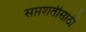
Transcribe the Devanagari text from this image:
सप्तशतीसाठी